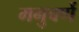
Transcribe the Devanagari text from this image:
मनुवर्णे